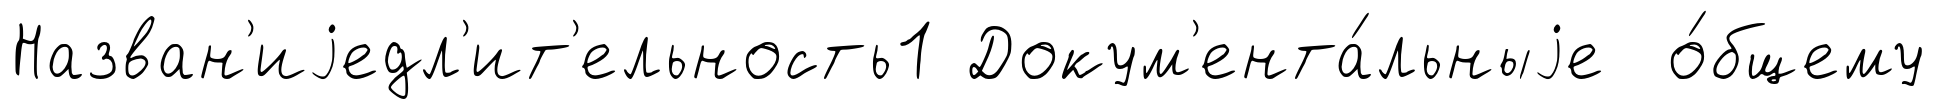
Назван'иjедл'ит'ельность1 Докум'ента́льныjе о́бщему